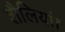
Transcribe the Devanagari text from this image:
शैलियां।